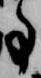
事